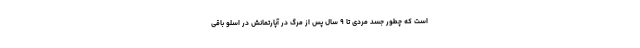
است که چطور جسد مردی تا ۹ سال پس از مرگ در آپارتمانش در اسلو باقی